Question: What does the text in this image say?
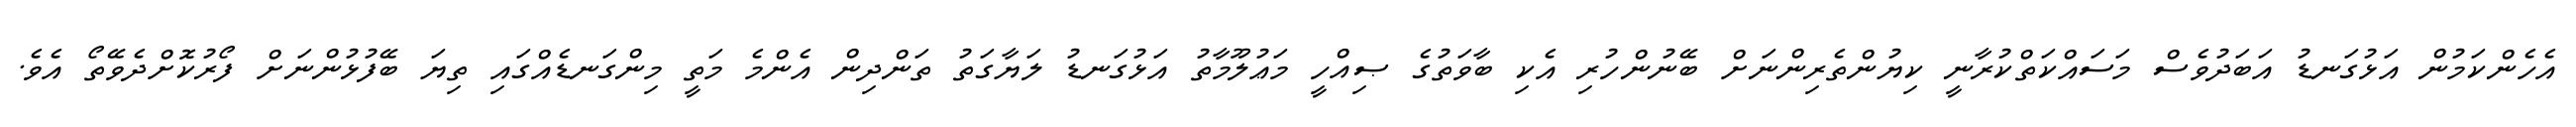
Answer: އެހެންކަމުން އަޅުގަނޑު އަބަދުވެސް މަސައްކަތްކުރާނީ ކިޔުންތެރިންނަށް ބޭނުންހުރި އެކި ބާވަތުގެ ޞިއްހީ މަޢުލޫމާތު އަޅުގަނޑު ލަޔާގަތު ތަންދިން އެންމެ މަތީ މިންގަނޑެއްގައި ތިޔަ ބޭފުޅުންނަށް ފޯރުކޮށްދެވޭތޯ އެވެ.